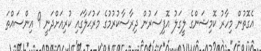
އެގޮތުން މިހާރު ކޮމިޝަންގެ ލީގަލު އޮފިސަރުން ދިރާސާކުރުމުގެ މަރުޙަލާގައި ކުރިއަށްދަނީ 9 އިންސައްތަ